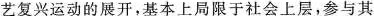
艺复兴运动的展开，基本上局限于社会上层，参与其